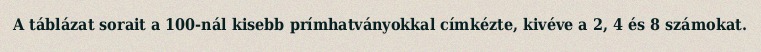
A táblázat sorait a 100-nál kisebb prímhatványokkal címkézte, kivéve a 2, 4 és 8 számokat.